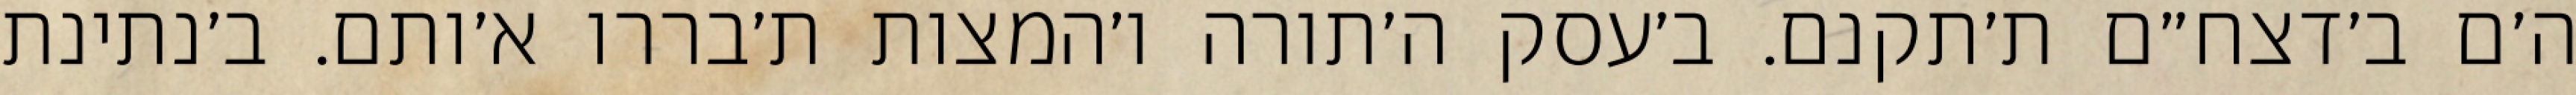
ה׳ם ב׳דצח״ם ת׳תקנם. ב׳עסק ה׳תורה ו׳המצות ת׳בררו א׳ותם. ב׳נתינת